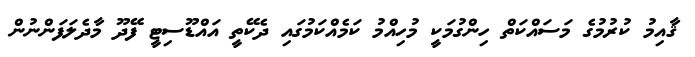
ޤާއިމު ކުރުމުގެ މަސައްކަތް ހިންގުމަކީ މުހިއްމު ކަމެއްކަމުގައި ދެކޭތީ އައްޑޫސިޓީ ފޭދޫ މާދެލަފަންނުން